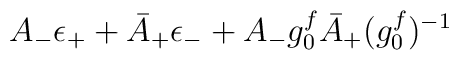
A_{-}\epsilon_{+}+\bar{A}_{+}\epsilon_{-}+A_{-}g_{0}^{f}\bar{A}_{+}({g_{0}^{f}})^{-1}